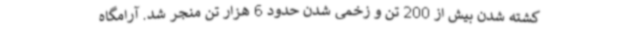
کشته شدن بیش از 200 تن و زخمی شدن حدود 6 هزار تن منجر شد. آرامگاه